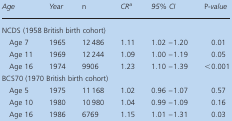
<table><thead><tr><td><b><i>Age</i></b></td><td><b><i>Year</i></b></td><td><b><i><i>n</i></i></b></td><td><b><i>CR<sup>a</sup></i></b></td><td><b><i>95% CI</i></b></td><td><b><i><i>P</i>-value</i></b></td></tr></thead><tbody><tr><td colspan="6">NCDS (1958 British birth cohort)</td></tr><tr><td> Age 7</td><td>1965</td><td>12 486</td><td>1.11</td><td>1.02 –1.20</td><td>0.01</td></tr><tr><td> Age 11</td><td>1969</td><td>12 244</td><td>1.09</td><td>1.00 –1.19</td><td>0.05</td></tr><tr><td> Age 16</td><td>1974</td><td>9906</td><td>1.23</td><td>1.10 –1.39</td><td>&lt;0.001</td></tr><tr><td colspan="6">BCS70 (1970 British birth cohort)</td></tr><tr><td> Age 5</td><td>1975</td><td>11 168</td><td>1.02</td><td>0.96 –1.07</td><td>0.57</td></tr><tr><td> Age 10</td><td>1980</td><td>10 980</td><td>1.04</td><td>0.99 –1.09</td><td>0.16</td></tr><tr><td> Age 16</td><td>1986</td><td>6769</td><td>1.15</td><td>1.01 –1.31</td><td>0.03</td></tr></tbody></table>